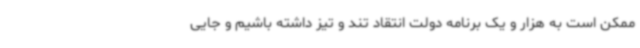
ممکن است به هزار و یک برنامه دولت انتقاد تند و تیز داشته باشیم و جایی